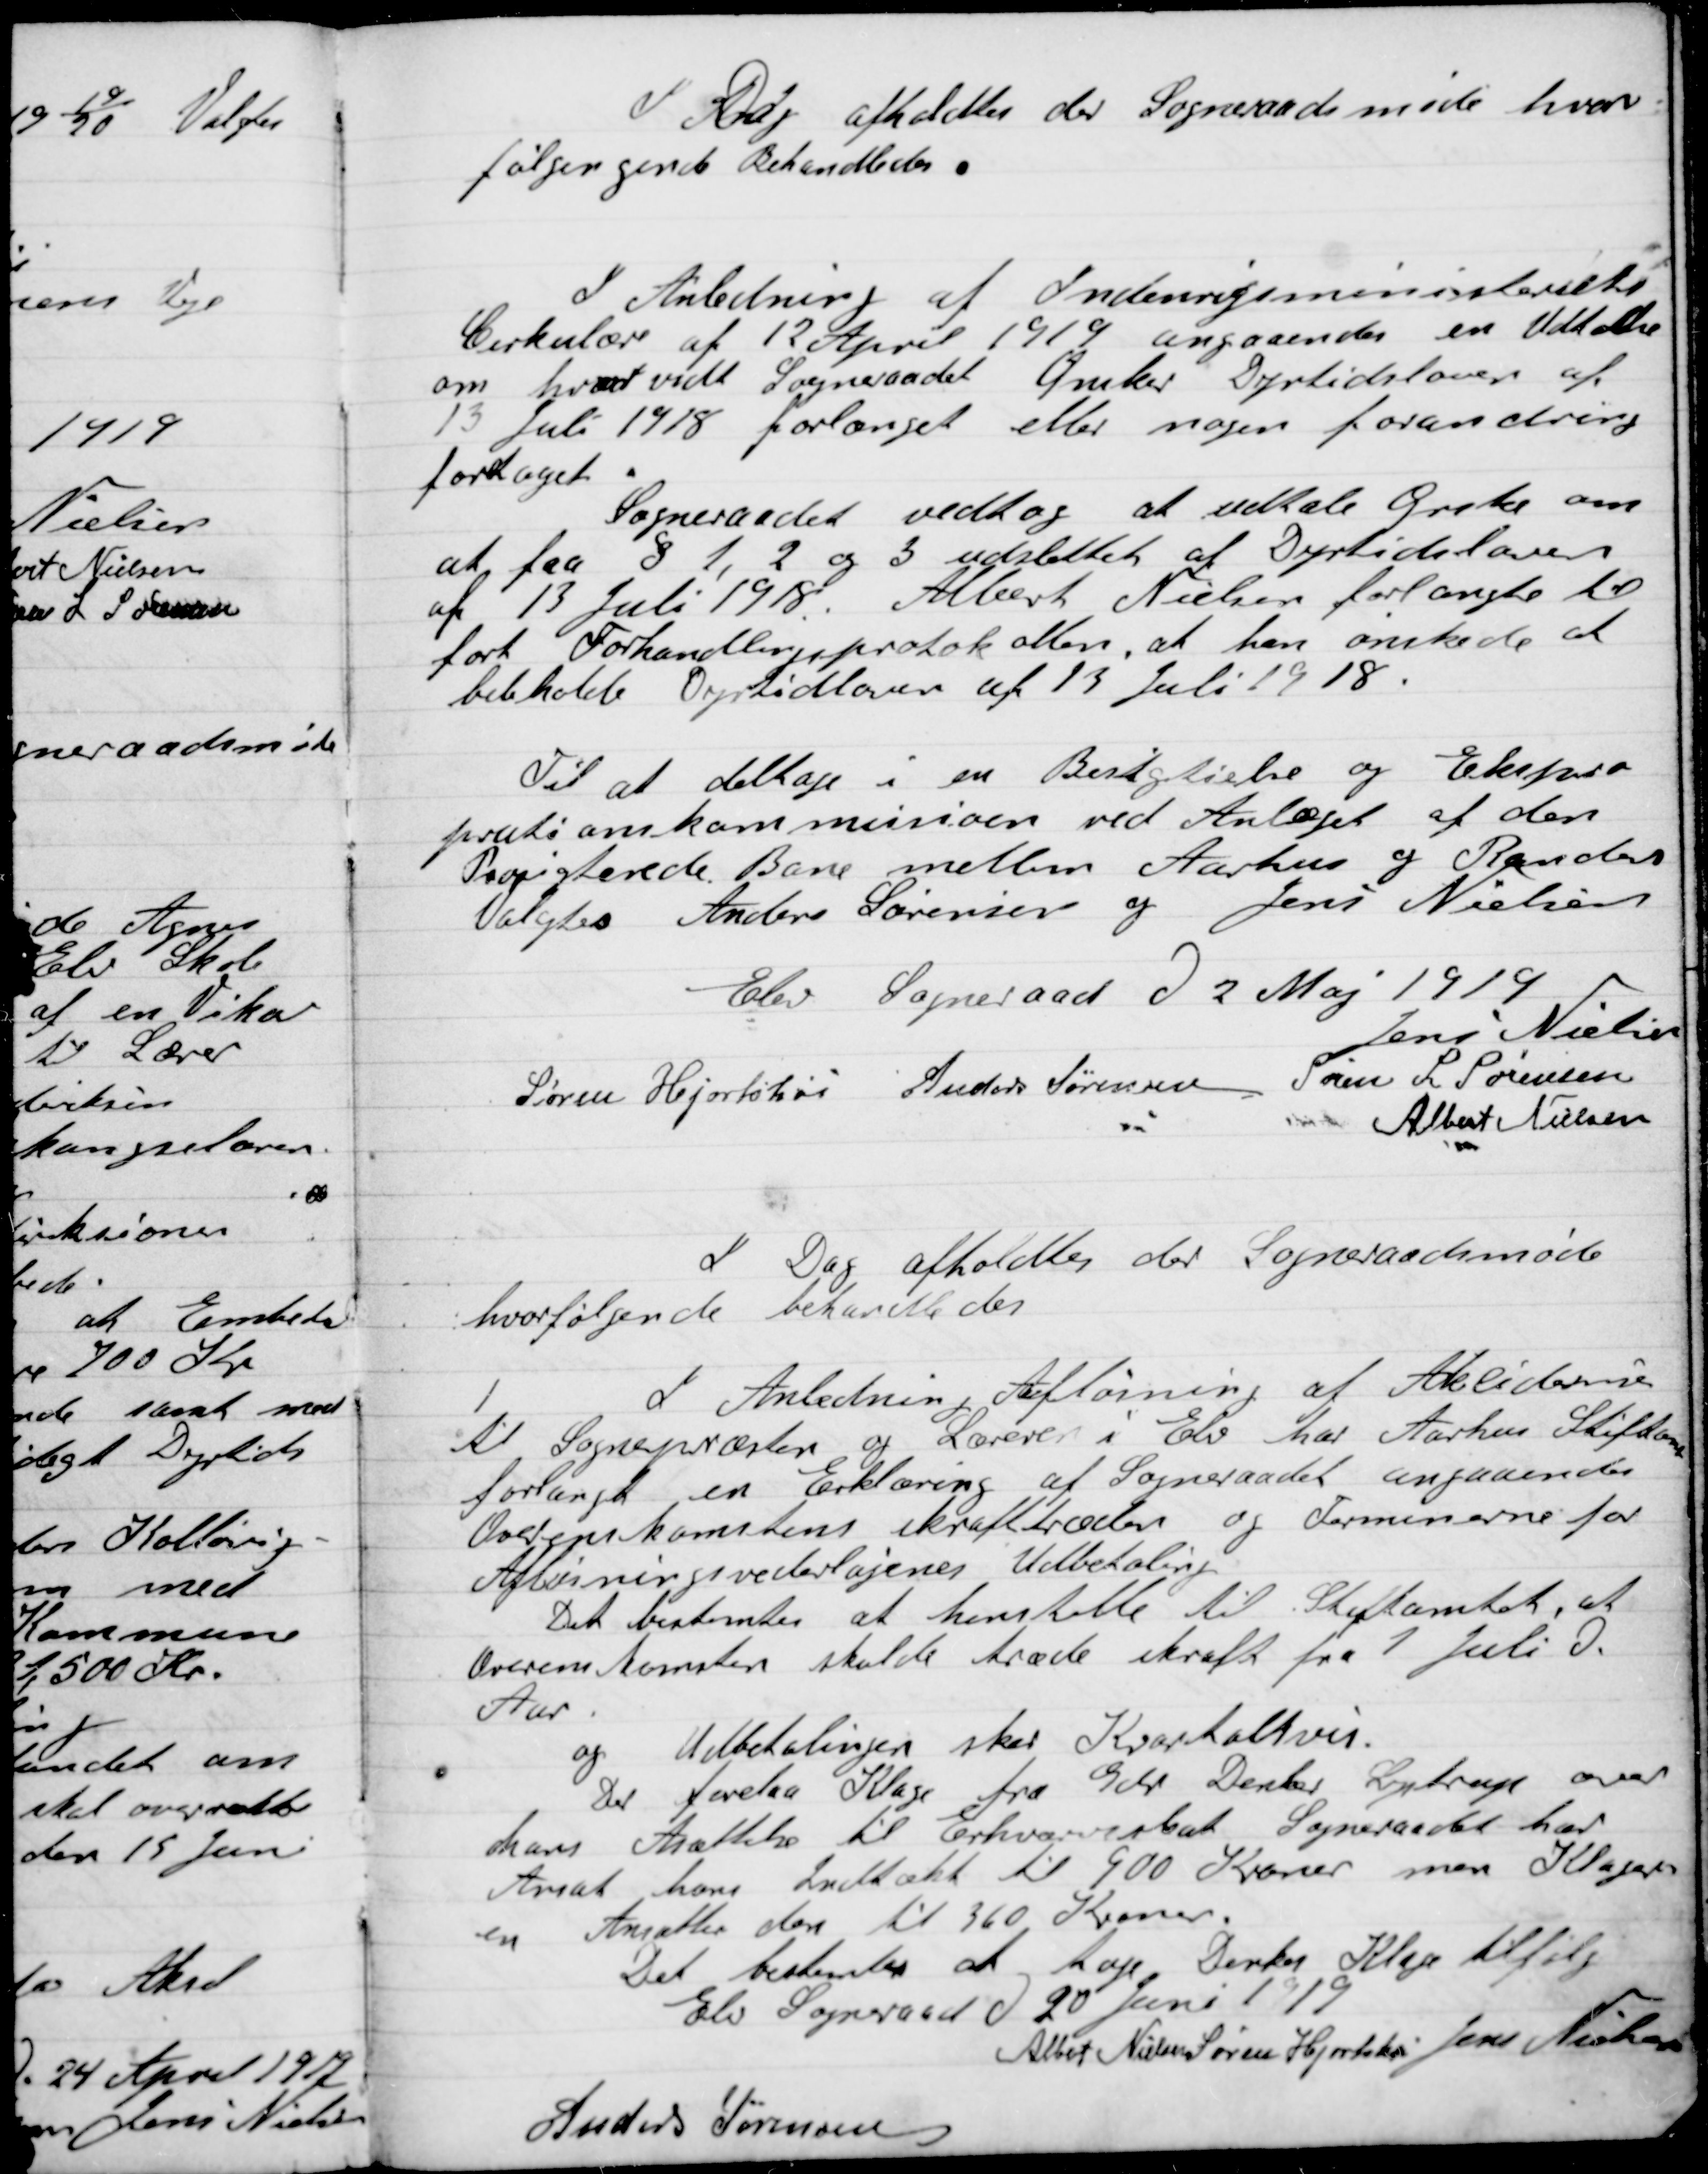
Transskription:
I Dag afholdtes der  Sogneraads møde  hvor
følgende Behandledes:

I Anledning af Indenrigsministeriets
Cirkulære af 12 April 1919 angaaende en Udtalelse
om hvorvidt Sogneraadet Ønsker Dyrtidsloven af
13 Juli 1918 forlænget eller nogen forandring
foretaget.
Sogneraadet vedtog at udtale Ønske om
at faa § 1, 2 og 3 udslettet af Dyrtidsloven
af 13 Juli 1918. Albert Nielsen forlangte -
ført Forhandlingsprotokol. Men at han ønskede at
beholde Dyrtidsloven af 13 Juli 1918.

Til at deltage i en Bertgtislie og Ekspro-
priationskommission ved Anlæget af den
Prioriterede Bane mellem Aarhus og Randers
Valgtes Anders Sørensen og Jens Nielsen

Elev Sogneraad D. 2 Maj 1919

Jens Nielsen
Søren Hjortshøi
Anders Sørensen
Søren S. Sørensen,
Albert Nielsen.

I Dag afholdtes der  Sogneraadetsmøde
hvor følgende Behandledes.

1

I Anledning Aflønning af Akeidernie
til Sognepræsten og Læreren i Elev har Aarhus Stiftsamt
forlangt en Erklæring af Sogneraadet angaaende
Overenskomstens ikrafttræden og Formanden for
Aflønningsvederlagene Udbetaling.
Det bestemtes at henstille til Stiftsamtet at
Overenskomsten skulde træde i kraft fra 1 Juli D.
Aar.
og Udbetalingen sker Kvartalsvis.
Der forelaa Klage fra Gdr. Dereks Lystrup over
hans Ansættelse til Erhvervsskat. Sogneraadet har
Ansat hans Indtækt til 900 Kroner men Klager-
en Ansættes der til 360 Kroner.
Det bestemtes at tage Dereks Klage tilfølge

Elev Sogneraad D. 20 Juni 1919

Albert Nielsen
Søren Hjortshøi
Jens Nielsen
Anders Sørensen